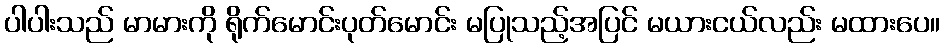
ပါပါးသည် မာမားကို ရိုက်မောင်းပုတ်မောင်း မပြုသည့်အပြင် မယားငယ်လည်း မထားပေ။